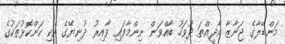
މަންޑޭލާގެ ޖަނާޒާ އާދީއްތަ ދުވަހު ބާއްވަން ނިންމާފައި ވާއިރު ދުނިޔޭގެ އެކި ކަންކޮޅުތަކުގެ